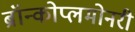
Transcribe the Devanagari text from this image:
ब्रॉन्कोप्लमोनरी